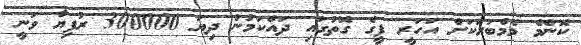
ކޮންމެ މެމްބަރަކަށް އަހަރީ ފީގެ ގޮތުގައި ދައްކަމުން ދިޔަ 300000 ރުފިޔާ ވަނީ